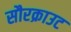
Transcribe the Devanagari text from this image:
सौरक्राउट